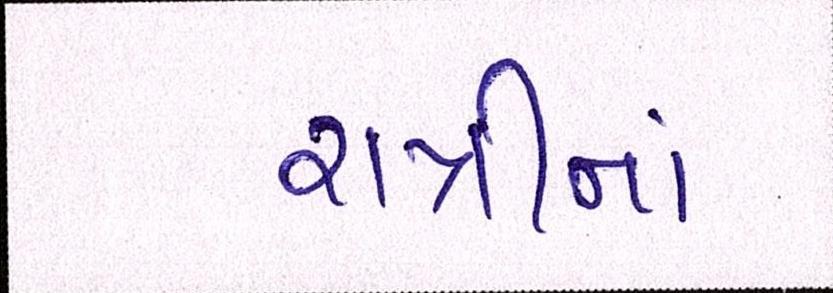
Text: રાત્રીનાં